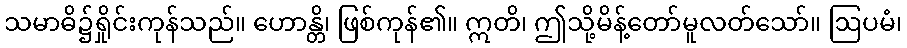
သမာဓိ၌ရှိုင်းကုန်သည်။ ဟောန္တိ၊ ဖြစ်ကုန်၏။ ဣတိ၊ ဤသို့မိန့်တော်မူလတ်သော်။ ဩပမံ၊